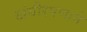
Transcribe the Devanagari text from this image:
खंबीरपणाने